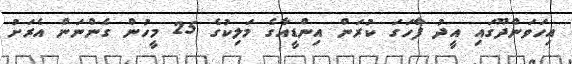
އިހަވަންދޫގައި އީދު ފާހަގަ ކުރަން އިންޑީއާގެ މަލިކުގެ 25 މީހުން ގެންނަން އެރަށު